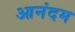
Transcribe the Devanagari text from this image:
आनंदम